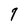
Character: 7